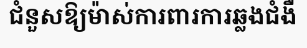
ជំនួសឱ្យម៉ាស់ការពារការឆ្លងជំងឺ